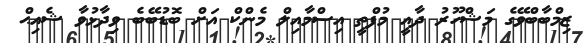
ޒިމްބާބްވޭގެ މަޝްހޫރު ދާއީ މުފްތީ އިސްމާއިލް މެންކް އަށް ބޮޑުބޭބެ ވިދާޅުވާ ޝެއިޙް